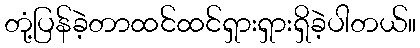
တုံ့ပြန်ခဲ့တာထင်ထင်ရှားရှားရှိခဲ့ပါတယ်။